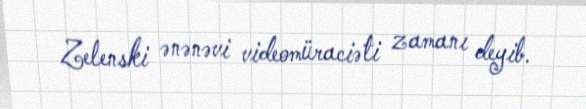
Zelenski ənənəvi videomüraciəti zamanı deyib.